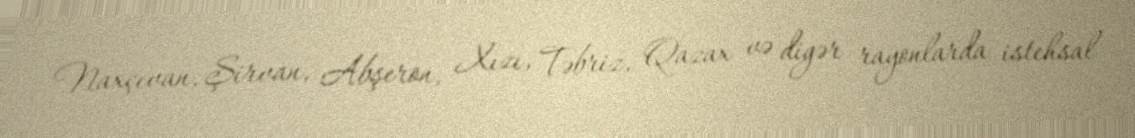
Naxçıvan, Şirvan, Abşeron, Xızı, Təbriz, Qazax və digər rayonlarda istehsal